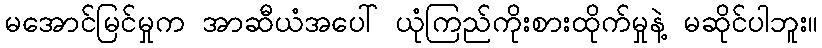
မအောင်မြင်မှုက အာဆီယံအပေါ် ယုံကြည်ကိုးစားထိုက်မှုနဲ့ မဆိုင်ပါဘူး။